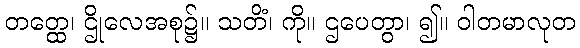
တတ္ထေ၊ ဌိုလေအစု၌။ သတိံ၊ ကို။ ဌပေတွာ၊ ၍။ ဝါတမာလုတ